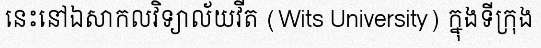
នេះនៅឯសាកលវិទ្យាល័យវីត (Wits University) ក្នុងទីក្រុង